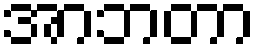
အာဘတာ